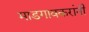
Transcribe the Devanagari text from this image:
माडगावकरांनी